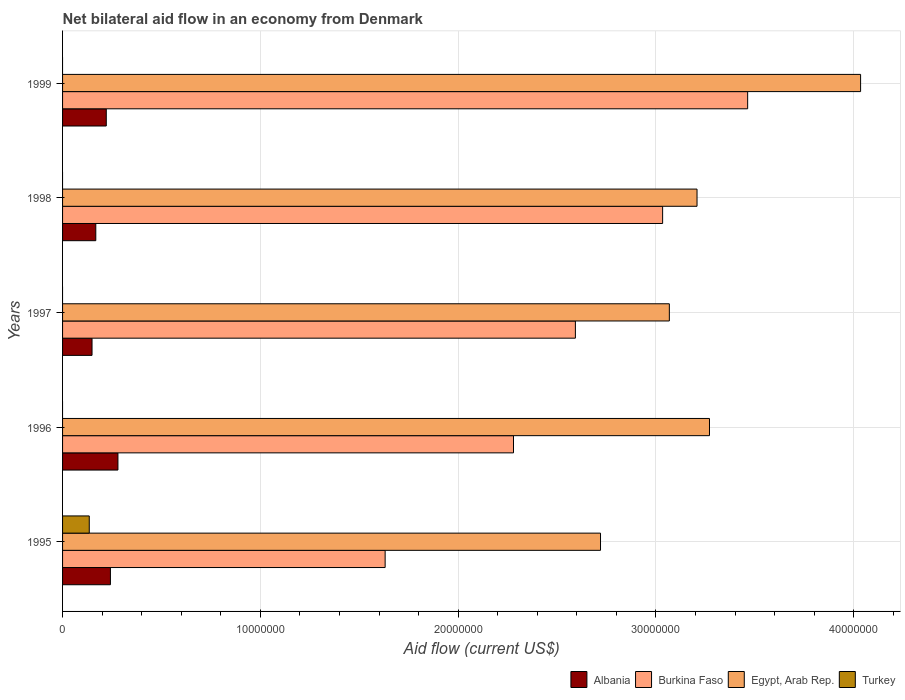
| Years | Albania | Burkina Faso | Egypt, Arab Rep. | Turkey |
 | --- | --- | --- | --- | --- |
 | 1995 | 2.42e+06 | 1.63e+07 | 2.72e+07 | 1.35e+06 |
 | 1996 | 2.8e+06 | 2.28e+07 | 3.27e+07 | -4.1e+05 |
 | 1997 | 1.49e+06 | 2.59e+07 | 3.07e+07 | -1.8e+05 |
 | 1998 | 1.68e+06 | 3.03e+07 | 3.21e+07 | -1.6e+05 |
 | 1999 | 2.21e+06 | 3.46e+07 | 4.04e+07 | -2.39e+06 |